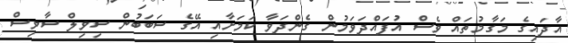
އާދައިގެ މަގާމުތައް ވެސް އުފައްދަވަމުން ގެންދަވާ ކަމަށާއި އޭގެ ސަބަބުން ސިވިލް ސާވިސް